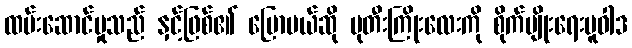
ထမ်းဆောင်မှုသည် နှင့်ဖြစ်၏ ပြောမယ်ဆို ပုတီးကြိုးလေးကို စိုက်ပျိုးရေးမူဝါဒ